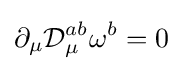
\partial _{\mu }{\mathcal {D}}_{\mu }^{ab}\omega ^{b}=0\;